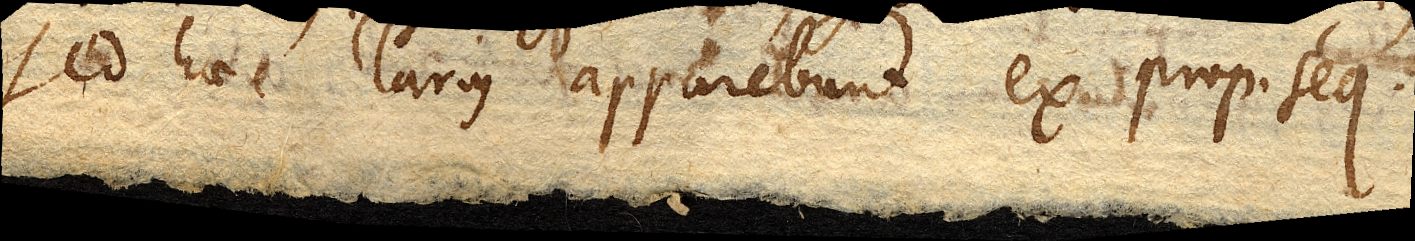
Sed haec clarius apparebunt ex prop. seq.